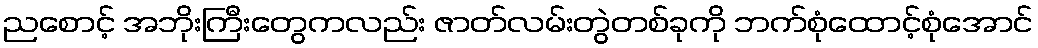
ညစောင့် အဘိုးကြီးတွေကလည်း ဇာတ်လမ်းတွဲတစ်ခုကို ဘက်စုံထောင့်စုံအောင်